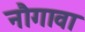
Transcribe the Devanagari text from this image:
नौगावा